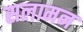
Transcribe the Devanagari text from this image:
सलामन